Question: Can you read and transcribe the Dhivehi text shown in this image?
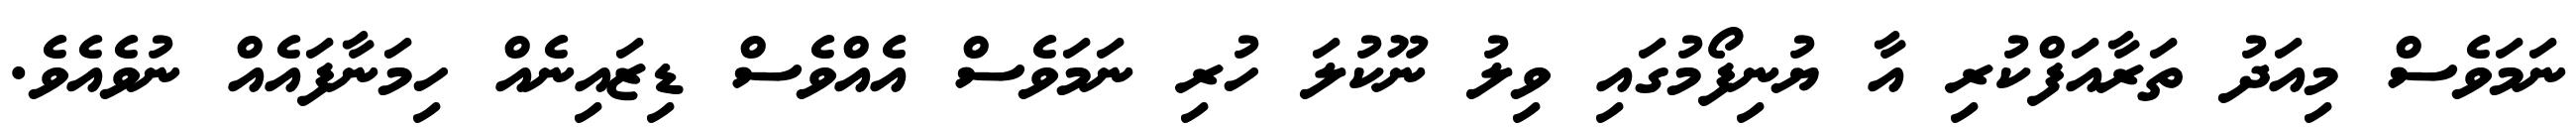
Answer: ނަމަވެސް މިއަދު ތަރާއަފްކުރި އާ ޔުނިފޯމުގައި ވިލު ނޫކުލަ ހުރި ނަމަވެސް އެއްވެސް ޑިޒައިނެއް ހިމަނާފައެއް ނުވެއެވެ.